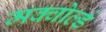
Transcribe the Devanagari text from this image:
मक्वोर्ल्ड